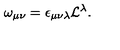
\omega _ { \mu \nu } = \epsilon _ { \mu \nu \lambda } { \cal L } ^ { \lambda } .